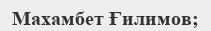
Махамбет Ғилимов;